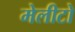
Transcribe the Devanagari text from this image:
मेलीटो